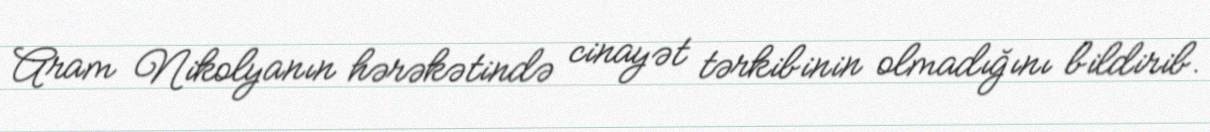
Aram Nikolyanın hərəkətində cinayət tərkibinin olmadığını bildirib.